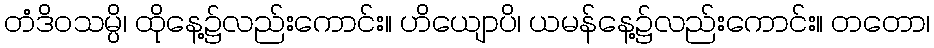
တံဒိဝသမ္ပိ၊ ထိုနေ့၌လည်းကောင်း။ ဟိယျောပိ၊ ယမန်နေ့၌လည်းကောင်း။ တတော၊